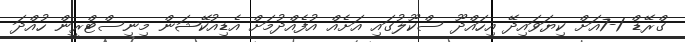
ގްރޭޑް 1-7އަށް ކިޔަވައިދޭ އިހައްދޫ ސްކޫލުގައި އަށެއް އުފެއްދުމަށް އެޑިއުކޭޝަން މިނިސްޓްރީން ހުއްދަ